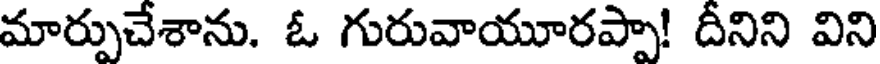
మార్పుచేశాను. ఓ గురువాయూరప్పా! దీనిని విని